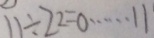
1 1 \div 2 2 = 0 \cdots 1 1